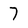
Character: 7